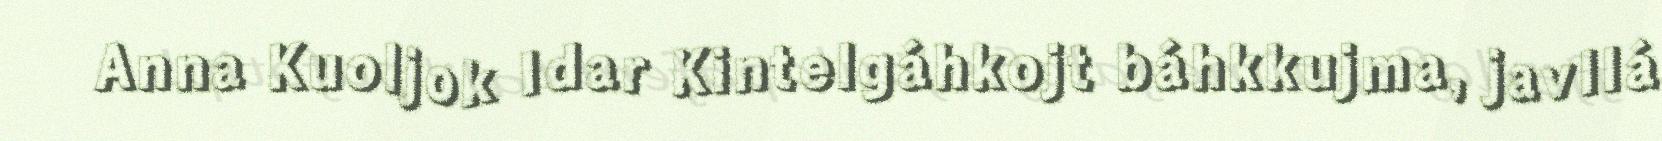
Anna Kuoljok Idar Kintelgáhkojt báhkkujma, javllá